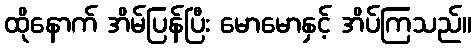
ထိုနောက် အိမ်ပြန်ပြီး မောမောနှင့် အိပ်ကြသည်။